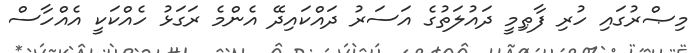
މިޞްރުގައި ހުރި ފާޠިމީ ދައުލަތުގެ އަސަރު ދައްކައިދޭ އެންމެ ރަގަޅު ހެއްކަކީ އެއްހާސް